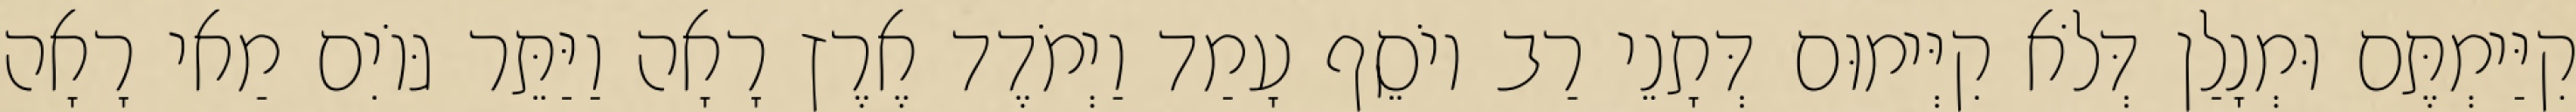
קִיַּימְתֶּם וּמְנָלַן דְּלֹא קִיְּימוּם דְּתָנֵי רַב יוֹסֵף עָמַד וַיְמֹדֶד אֶרֶץ רָאָה וַיַּתֵּר גּוֹיִם מַאי רָאָה